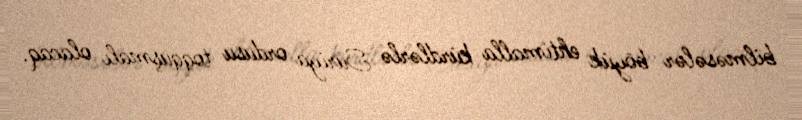
bilməsələr böyük ehtimalla kürdlərlə Suriya ordusu toqquşmalı olacaq.